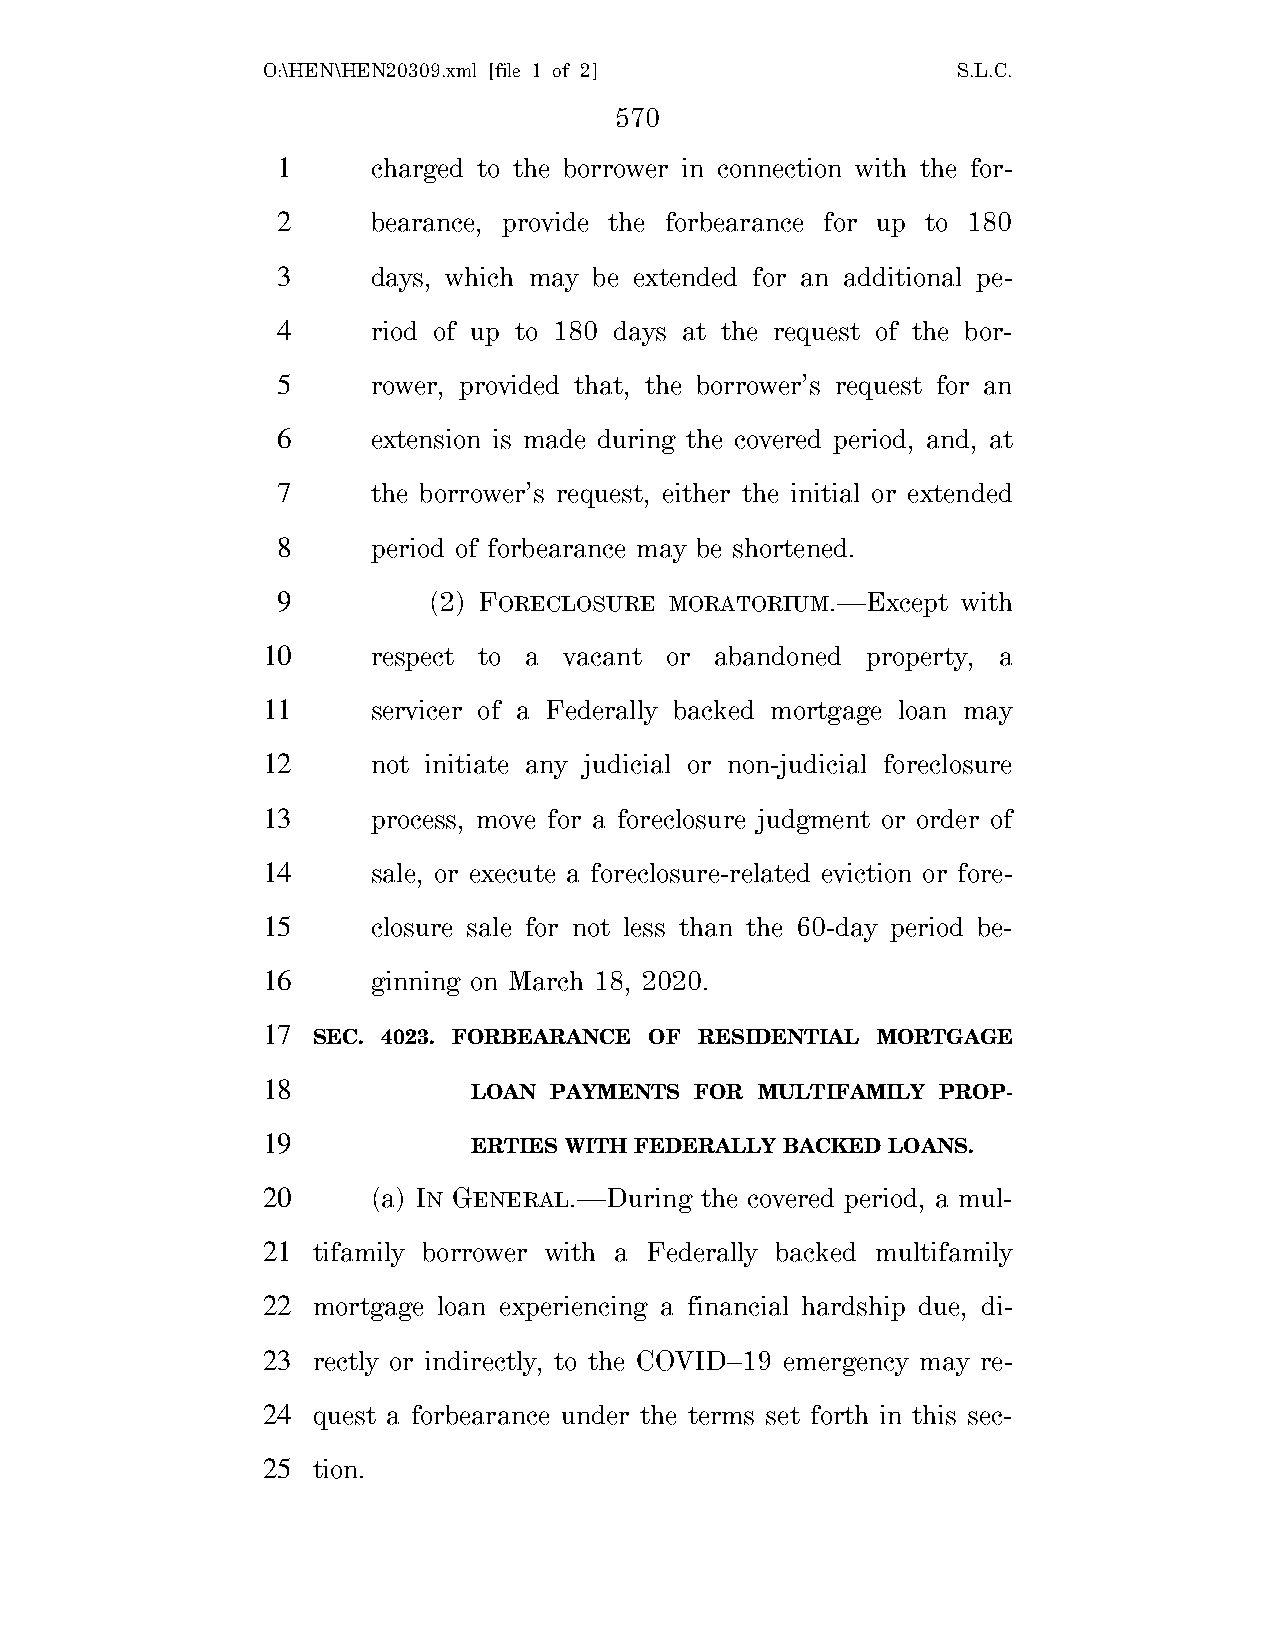
O:\HEN\HEN20309.xml [file 1 of 2]             S.L.C.
 570
 1      charged to the borrower in connection with the for-
 2      bearance, provide the forbearance for up to 180
 3      days, which may be extended for an additional pe-
 4      riod of up to 180 days at the request of the bor-
 5      rower, provided that, the borrower’s request for an
 6      extension is made during the covered period, and, at
 7      the borrower’s request, either the initial or extended
 8      period of forbearance may be shortened.
 9         (2) FORECLOSURE MORATORIUM.—Except  with
 10      respect to a vacant or abandoned property, a
 11      servicer of a Federally backed mortgage loan may
 12      not initiate any judicial or non-judicial foreclosure
 13      process, move for a foreclosure judgment or order of
 14      sale, or execute a foreclosure-related eviction or fore-
 15      closure sale for not less than the 60-day period be-
 16      ginning on March 18, 2020.
 17
 SEC. 4023. FORBEARANCE OF RESIDENTIAL MORTGAGE
 18
 LOAN PAYMENTS  FOR MULTIFAMILY PROP-
 19
 ERTIES WITH FEDERALLY BACKED LOANS.
 20      (a) IN GENERAL.—During the covered period, a mul-
 21  tifamily borrower with a Federally backed multifamily
 22  mortgage loan experiencing a financial hardship due, di-
 23  rectly or indirectly, to the COVID–19 emergency may re-
 24  quest a forbearance under the terms set forth in this sec-
 25  tion.